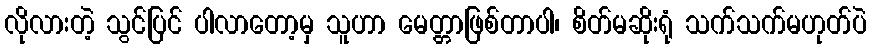
လိုလားတဲ့ သွင်ပြင် ပါလာတော့မှ သူဟာ မေတ္တာဖြစ်တာပါ၊ စိတ်မဆိုးရုံ သက်သက်မဟုတ်ပဲ